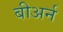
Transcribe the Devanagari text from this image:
बीअर्न